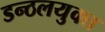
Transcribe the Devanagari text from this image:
डन्ठलयुक्त